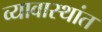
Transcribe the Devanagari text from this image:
व्यावास्थांत